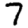
Digit: 7